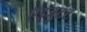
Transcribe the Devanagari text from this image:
ऍड्जुटंट